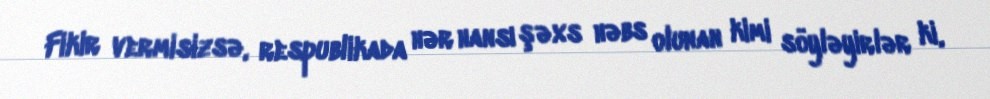
Fikir vermisizsə, respublikada hər hansı şəxs həbs olunan kimi söyləyirlər ki,